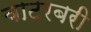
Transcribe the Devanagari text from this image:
वाटरबरी